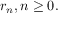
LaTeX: r _ { n } , n \geq 0 .